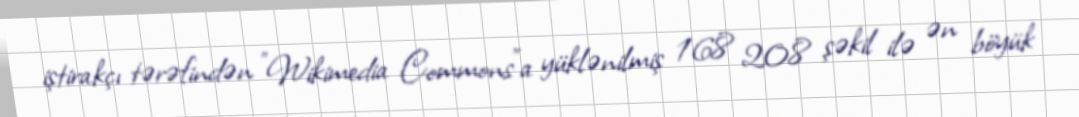
iştirakçı tərəfindən "Wikimedia Commons"a yüklənilmiş 168 208 şəkil ilə ən böyük